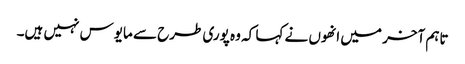
تاہم آخر میں انھوں نے کہا کہ وہ پوری طرح سے مایوس نہیں ہیں۔